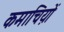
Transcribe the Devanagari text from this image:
कमाचिय़ों